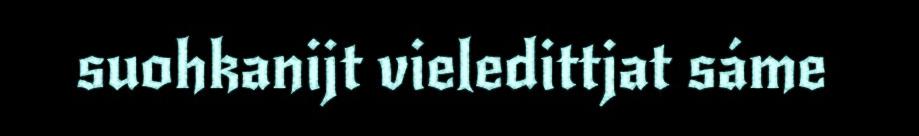
suohkanijt vieledittjat sáme